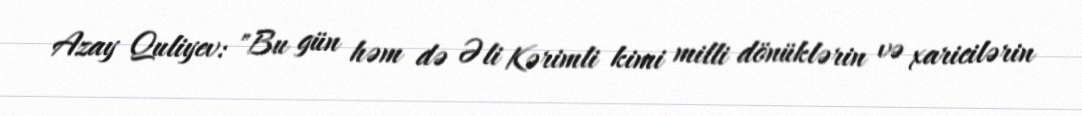
Azay Quliyev: "Bu gün həm də Əli Kərimli kimi milli dönüklərin və xaricilərin